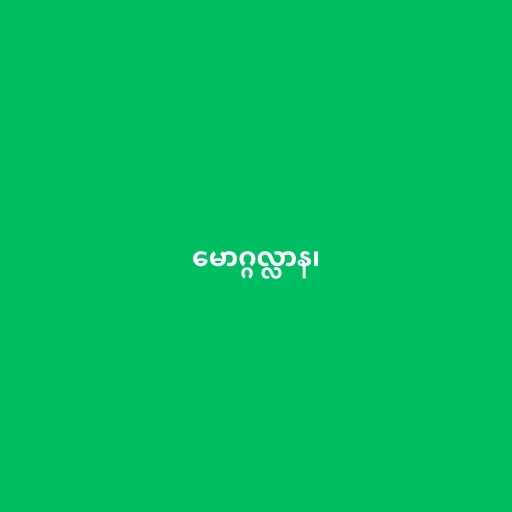
မောဂ္ဂလ္လာန၊